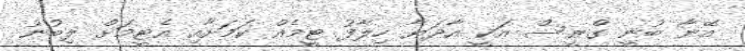
އޭނާ ބުނީ ގްރީސް އަކީ އާދަޔާ ހިލާފު ޓީމެއް ކަމަށާއި އެޓީމަށް ލިބުނު